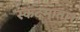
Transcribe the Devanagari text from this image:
स्कंदमाता।